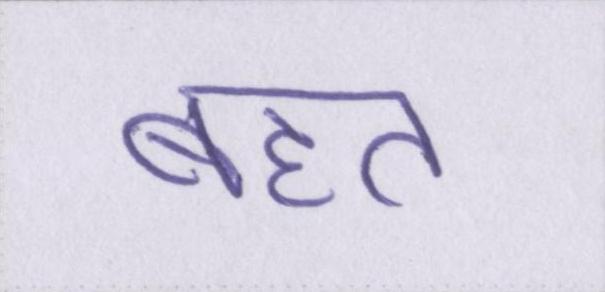
बहत